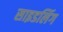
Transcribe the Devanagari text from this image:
साइडलिंग